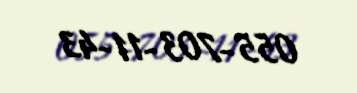
055-703-11-43